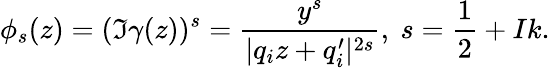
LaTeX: \phi_{s}(z)=(\Im\gamma(z))^{s}=\frac{y^{s}}{|q_{i}z+q_{i}^{\prime}|^{2s}},~s=\frac{1}{2}+Ik.